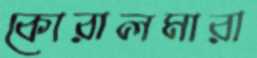
কোরালমারা